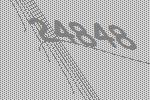
24848